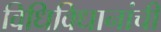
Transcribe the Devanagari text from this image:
विधिविधानांची